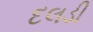
દલડી